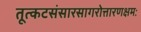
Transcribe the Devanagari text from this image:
तूत्कटसंसारसागरोत्तारणक्षमः